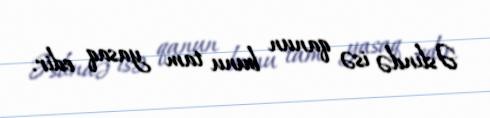
Əslində isə qanun bunu tam yasaq edir.